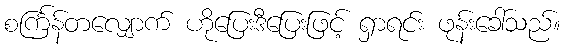
စင်္ကြန်တလျှောက် ဟိုပြေးဒီပြေးဖြင့် ရှာရင်း ဖုန်းခေါ်သည်။